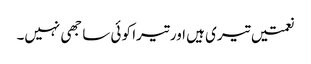
نعمتیں تیری ہیں اور تیرا کو ئی سا جھی نہیں۔